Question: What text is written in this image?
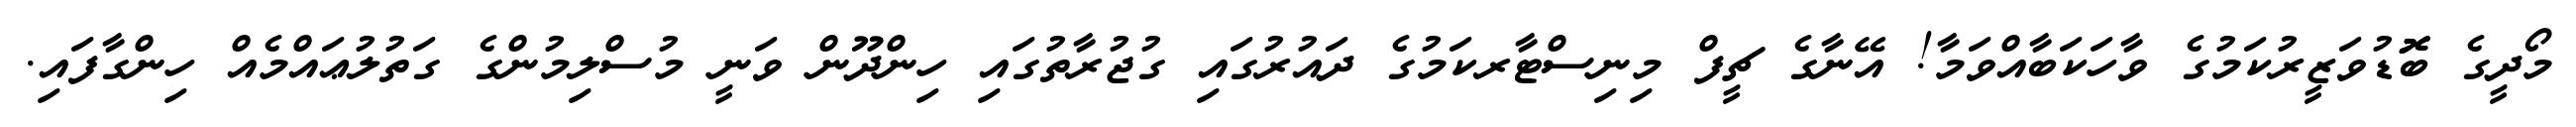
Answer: މޯދީގެ ބޮޮޑުވަޒީރުކަމުގެ ވާހަކަބާއްވަމާ! އޭނާގެ ޗީފް މިނިސްޓާރކަމުގެ ދައުރުގައި ގުޖުރާތުގައި ހިންދޫން ވަނީ މުސްލިމުންގެ ގަތުލުޢައްމެއް ހިންގާފައި.